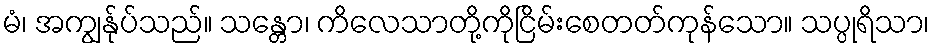
မံ၊ အကျွန်ုပ်သည်။ သန္တော၊ ကိလေသာတို့ကိုငြိမ်းစေတတ်ကုန်သော။ သပ္ပုရိသာ၊